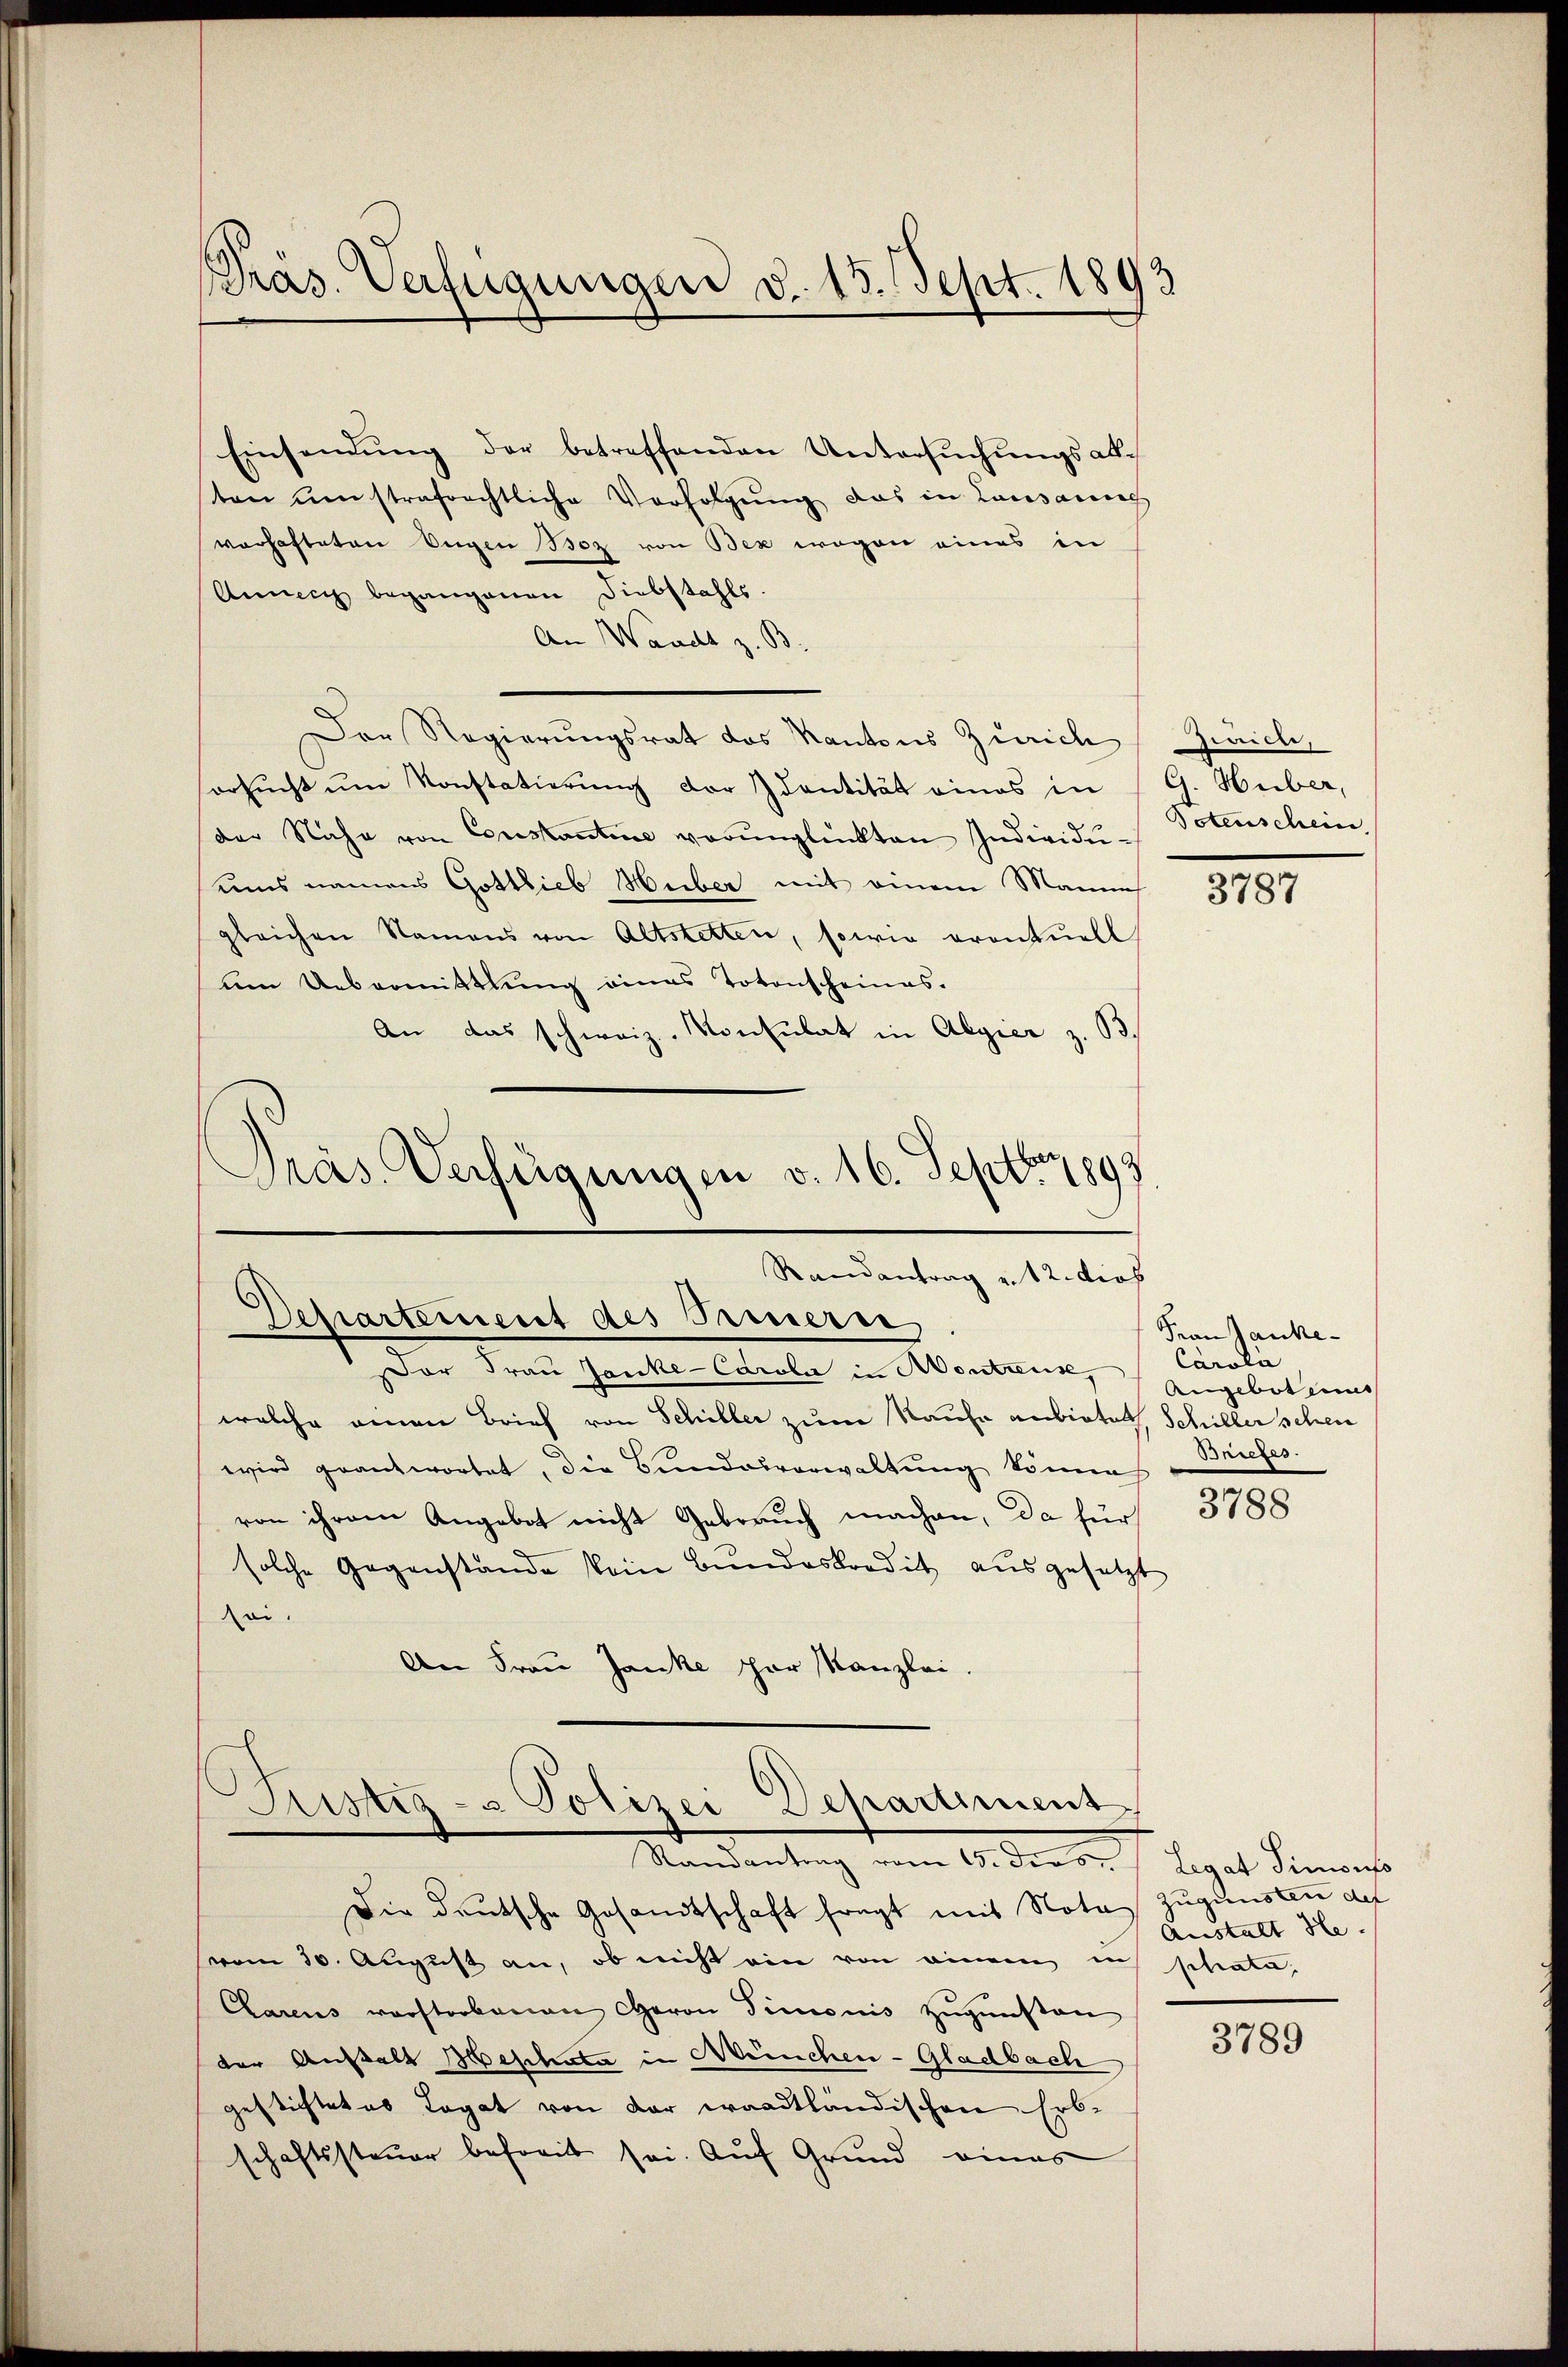
PPräs. Verfügungen d. 15. Sept. 1893

Einsendung der betreffenden Untersuchungsabton um strafrechtliche Verfolgung das in Lausanneg
vorhafteten Eugen Boz von Bex wegen eines in
Annen begangenen Diebstahls.
An Waadt z. B.
Der Regierungsrat das Kantons Zürich Zürich,
ersŭcht ŭm Konstatierung der Identität eines in
der Nahe von Constantine verŭnglückten Individŭ-
ums namens Gottlieb Heiber mit einem Manne
gleichen Namens von Altstetten, sowie eventuell
um Uebermittlung eines Totenscheinas.
An das schweiz. Konsulat in Algier z. B.
Präs. Verfügungen v. 16. Sept. 1893

Randantrag v. 12. dies
Departement des Prinerse

Justiz- & Polizei-Departiment
Randantrag vom 10. ders
Die deutsche Gesandtschaft fragt mit Nota¬

vom 30. August an, ob nicht ein von einem in
Clarens vorstorbenen Caron Simonis zugunsten
der Anstalt Beschata in München-Gladbach
gestichtetes Legat von der waadtländischen Erb-
schaftssteuer befreit sei. Auf Grund eines

G. Huber,
Botenschein

Der Frau Jauke-Carola in Montrenk,
welche einen Brief von Schiller zum Raufe anbietet, Schiller schen
wird geantwortet, die Bundesverwaltŭng könne
von ihrem Angebot nicht Gebrauch machen, da für 3188
solche Gegenstande kein Bundeskredit aŭsgesetzt
soi.
An Frau Jauke par Kanzlei.

3787

Frau Jauke¬
Carola
Angebot eines
Briefes.

Legat Simonito
zugunsten def
Anstalt He
phrata,

3789